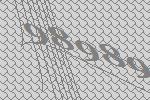
98989